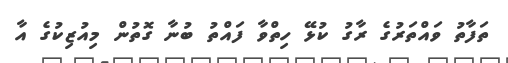
ތަފާތު ވައްތަރުގެ ރާގު ކުޅޭ ހިތްވާ ފައްތު ބުނާ ގޮތުން މިއުޒިކުގެ އާ